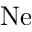
\mathrm { N e }